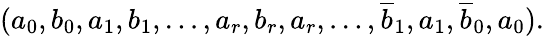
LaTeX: (a_{0},b_{0},a_{1},b_{1},\ldots,a_{r},b_{r},a_{r},\ldots,\overline{{b}}_{1},a_{1},\overline{{b}}_{0},a_{0}).